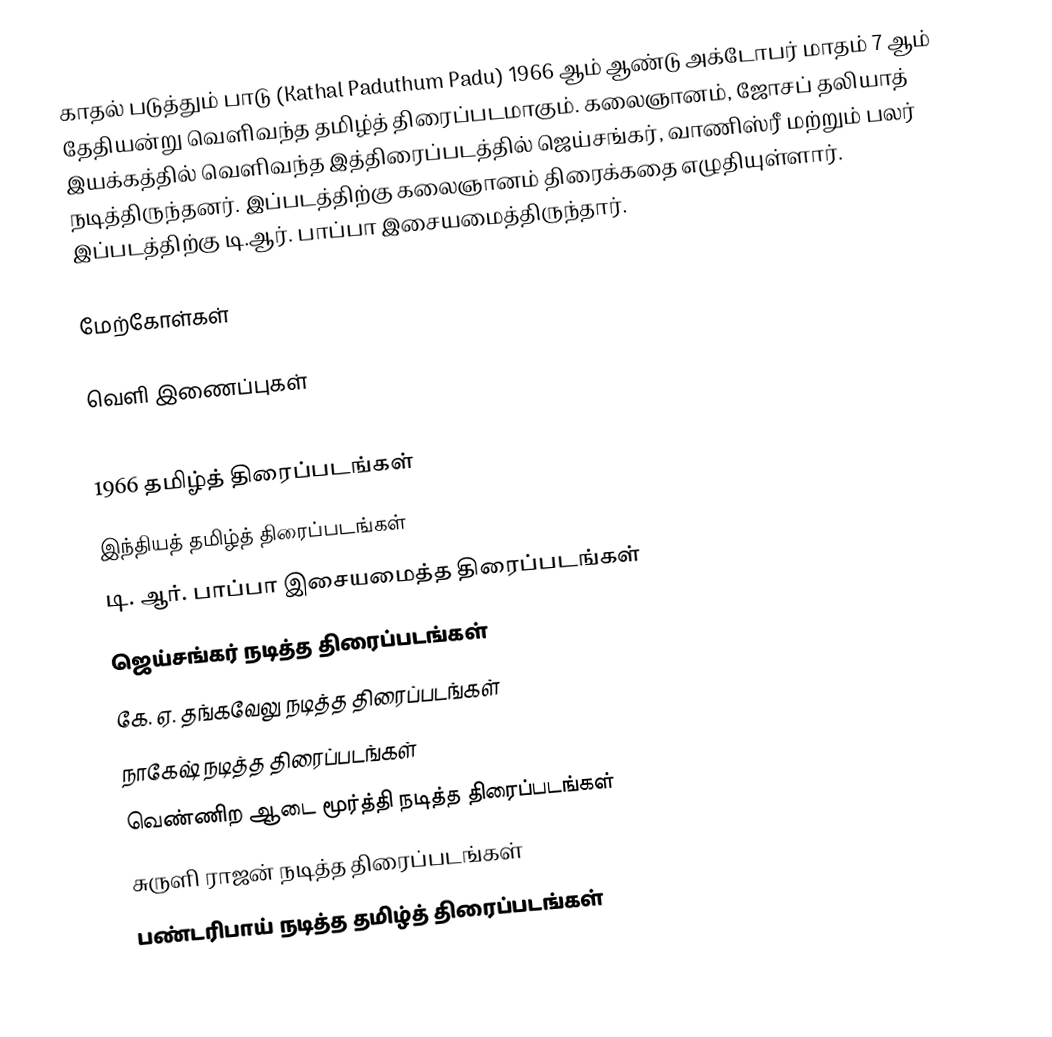
காதல் படுத்தும் பாடு (Kathal Paduthum Padu) 1966 ஆம் ஆண்டு அக்டோபர் மாதம் 7 ஆம் தேதியன்று வெளிவந்த தமிழ்த் திரைப்படமாகும். கலைஞானம், ஜோசப் தலியாத் இயக்கத்தில் வெளிவந்த இத்திரைப்படத்தில் ஜெய்சங்கர், வாணிஸ்ரீ மற்றும் பலர் நடித்திருந்தனர். இப்படத்திற்கு கலைஞானம் திரைக்கதை எழுதியுள்ளார். இப்படத்திற்கு டி.ஆர். பாப்பா இசையமைத்திருந்தார்.

மேற்கோள்கள்

வெளி இணைப்புகள்

1966 தமிழ்த் திரைப்படங்கள்
இந்தியத் தமிழ்த் திரைப்படங்கள்
டி. ஆர். பாப்பா இசையமைத்த திரைப்படங்கள்
ஜெய்சங்கர் நடித்த திரைப்படங்கள்
கே. ஏ. தங்கவேலு நடித்த திரைப்படங்கள்
நாகேஷ் நடித்த திரைப்படங்கள்
வெண்ணிற ஆடை மூர்த்தி நடித்த திரைப்படங்கள்
சுருளி ராஜன் நடித்த திரைப்படங்கள்
பண்டரிபாய் நடித்த தமிழ்த் திரைப்படங்கள்